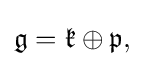
\displaystyle {{\mathfrak {g}}={\mathfrak {k}}\oplus {\mathfrak {p}},}